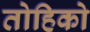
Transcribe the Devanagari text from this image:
तोहिको